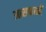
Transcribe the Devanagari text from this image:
आसफखाँ